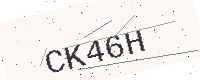
Text: CK46H